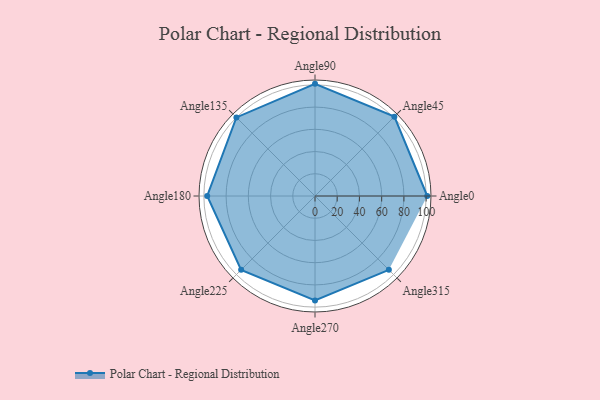
{"axis": {"x": "Angle", "y": "Radius"}, "legend": [""], "data": [{"x": "Angle0", "y": 101.0, "type": ""}, {"x": "Angle45", "y": 101.0, "type": ""}, {"x": "Angle90", "y": 101.0, "type": ""}, {"x": "Angle135", "y": 100.0, "type": ""}, {"x": "Angle180", "y": 97.0, "type": ""}, {"x": "Angle225", "y": 94.0, "type": ""}, {"x": "Angle270", "y": 94.0, "type": ""}, {"x": "Angle315", "y": 94.0, "type": ""}]}